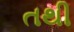
તથી